Eesti_Rahvusfond, lk 77
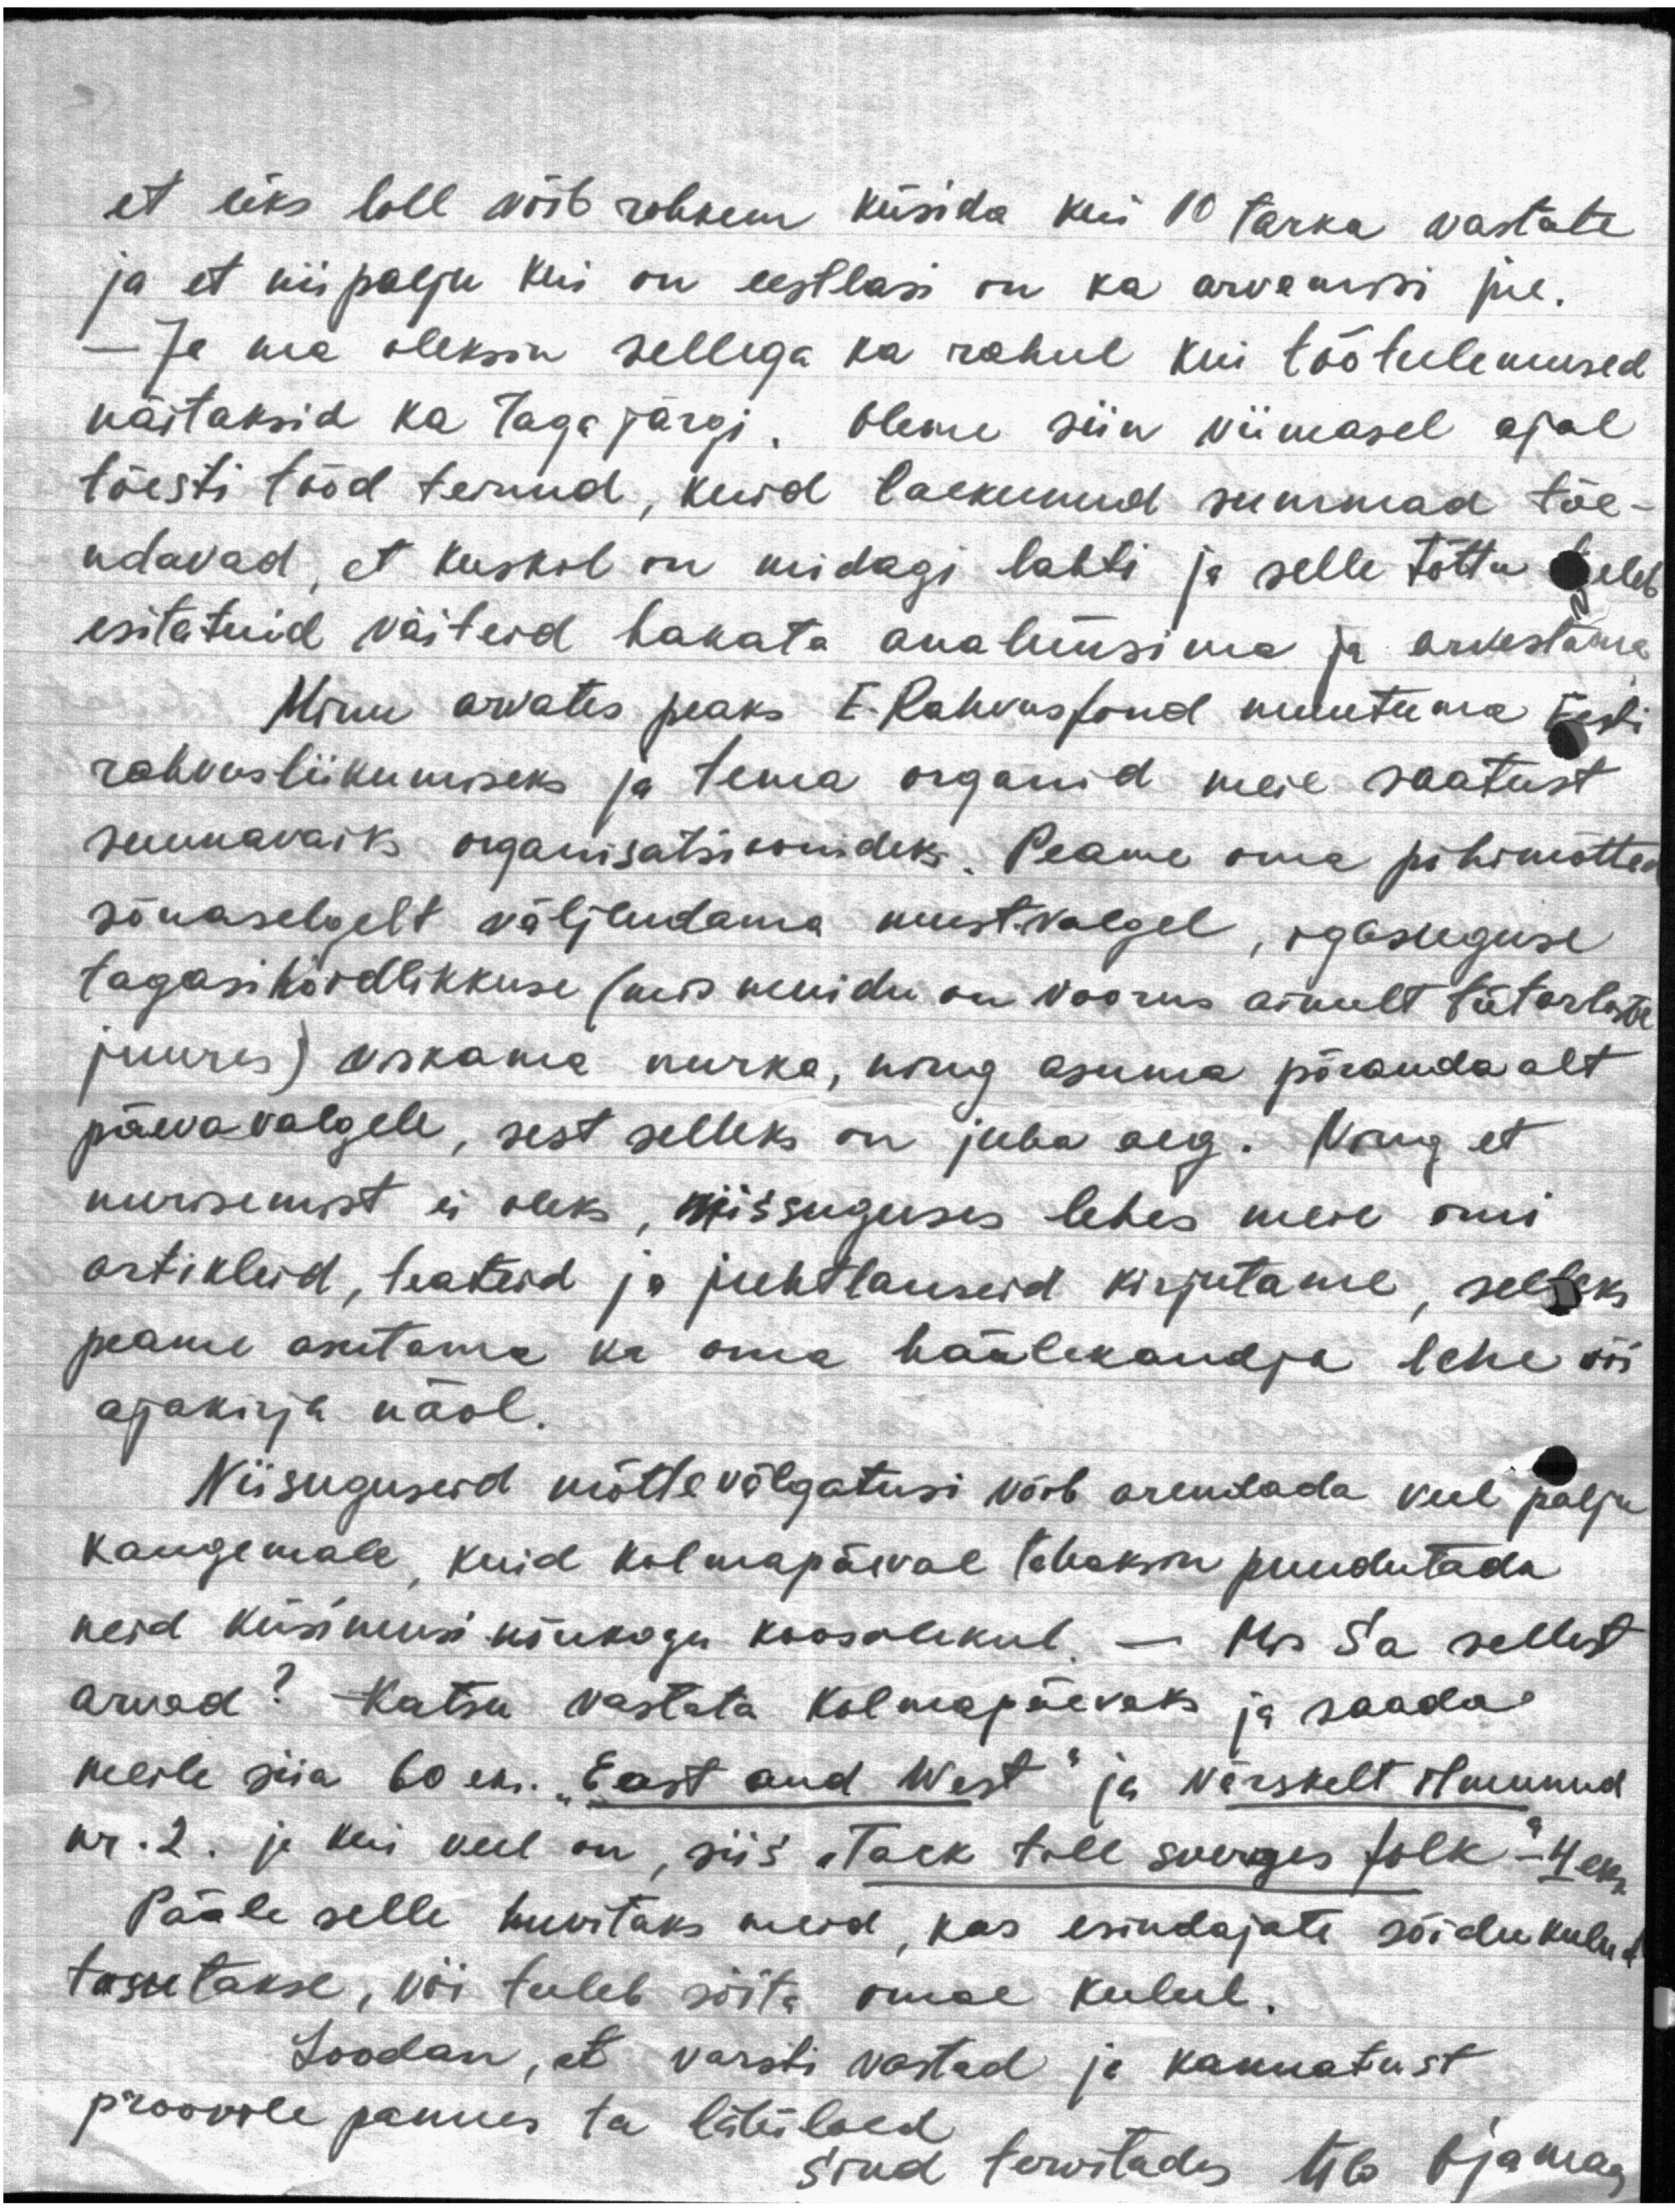
et üks loll võib rohkem küsida kui 10 tarka vastate
ja et nii palju kui on eestlasi on ka arvamisi jne.
- Ja ma oleksin sellega ka rahul kui töötulemused
näitaksid ka tagajärgi. Oleme siin viimasel ajal
tõesti tööd teinud, kuid laekunud summad tõe-
ndavad, et kuskil on midagi lahti ja selle tõttu tuleb
esitatuid väiteid hakata analüüsima ja arvestama
Minu arvates peaks E. Rahvusfond muutuma Eesti
rahvusliikumiseks ja tema organid meie saatust
suunavaiks organisatsioonideks. Peame oma põhimõtted
sõnaselgelt väljendama must.valgel, igasuguse
tagasihoidlikkuse (mis muidu on voorus ainult tütarlaste
juures) viskama nurka, ning asuma põranda alt
päevavalgele, sest selleks on juba aeg. Ning et
nurisemist ei oleks, niisuguses lehes meie omi
artikleid, teateid ja juhtlauseid kirjutame, selleks
peame asutama ka oma häälekandja lehe või
ajakirja näol.
Niisuguseid mõttevälgatusi võib arendada veel palju
kaugemale, kuid kolmapäeval tahaksin puudutada
neid küsimusi nõukogu koosolekul. - Mis Sa sellest
arvad? Katsu vastata kolmapäevaks ja saada
meile siia 60 eks. "East and West" ja värskelt ilmunud
nr. 2. ja kui veel on, siis "Tack till sverges folk" - 4 eks.
Pääle selle huvitaks meid, kas esindajate sõidukulud
tasutakse, või tuleb sõita omal kulul.
Loodan, et varsti vastad ja kannatust
proovile pannes ta läbiloed
Sind tervitades Ülo Ojamaa